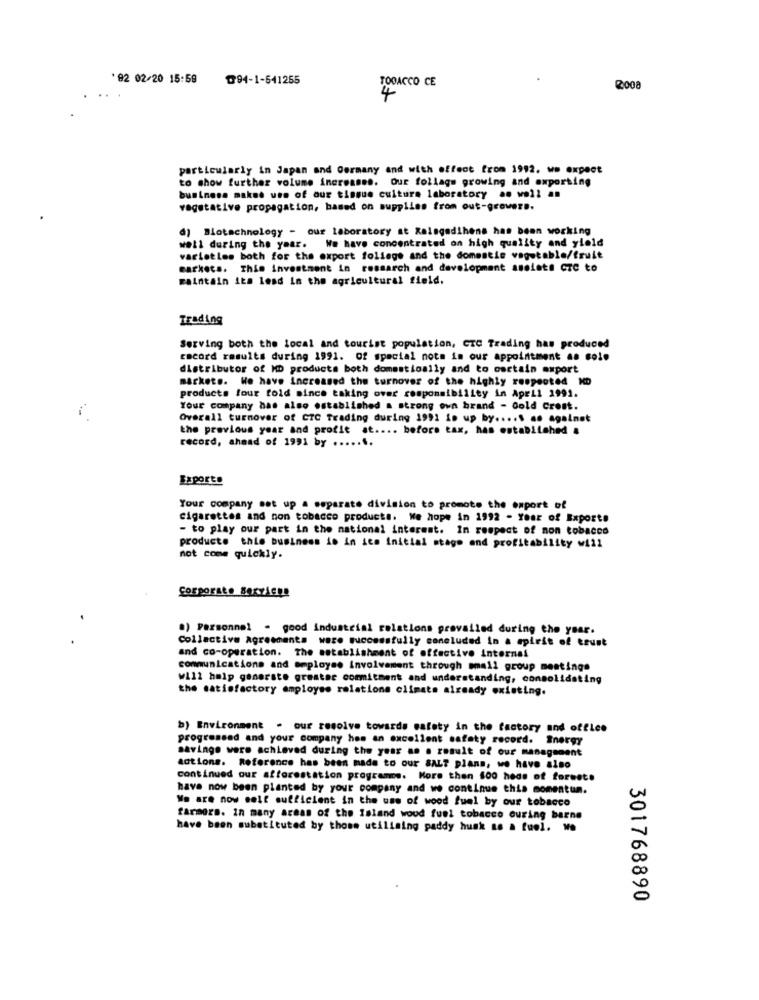
' 82 02/20 15:59
₱94-1-641255
TOOACCO CE
4
particularly in Japan and Germany and with effect from 1992. we expect
to show further volume increases. Qur follags growing and exporting
business makes use of our tissue culture laboratory an woll an
vegetative propagation, based on supplies from out-growers.
d) Biotechnology - our Laboratory st Ralagodihens has been working
well during the year. We have concentrated on high quality and yield
varietles both for the export foliage and the domestic vegetable/fruit
markets. This investment in research and development assiste CTC to
maintain its lesd in the agricultural field.
Trading
Serving both the local and tourist population, CTC Trading has produced
cacord results during 1991. Of special nota in our appointment as solo
distributor of MD products both domestioally and to cortain export
markets. We have increased the turnover of the highly respected ND
products lour fold since taking over responsibility in April 1991.
Your company has also established a strong own brand - dold Crost.
Overall turnover of CTC Trading during 1991 in up by ..... .. againet
the previous year and profit at .... before tax, has established &
record, ahmad of 1991 by .......
Your company set up a separate division to promote the export of
cigarettes and non tobacco products. We hope in 1992 - Year of Exporte
- to play our part in the national interest. In respect of non tobacco
producto this business is in its Initial stage and profitability will
not come quickly.
Corporate Services
.) Personnel - good industrial relations prevailed during the year.
Collective Agreements ware successfully concluded in a spirit of trust
and co-operation. The setablishment of effective internal
communications and employee involvement through small group meetings
will help generate greater commitment and understanding, consolidating
the satisfactory employso relations climate already existing.
b) Environment . our resolve towards safety in the factory and office
progressed and your company has an excellent safety record. Energy
savinge were achieved during the year as a result of our management
actions. Reference has been made to our SALT plans, we have also
continued our afforestation programme. More then 600 heds of forest.
have now been planted by your company and we continue this momentun.
We are now golf sufficient in the use of wood fuel by our tobacco
farmers. In many areas of the Island wood fuel tobacco ouring barne
have been substituted by those utillaing paddy husk as a fuel. we
301768890